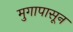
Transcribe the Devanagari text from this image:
मुगापासून